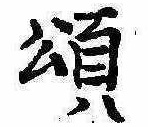
頌